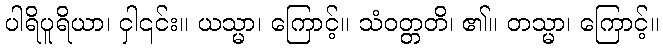
ပါရိပူရိယာ၊ ငှါ၎င်း။ ယသ္မာ၊ ကြောင့်။ သံဝတ္တတိ၊ ၏။ တသ္မာ၊ ကြောင့်။